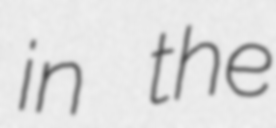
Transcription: in the